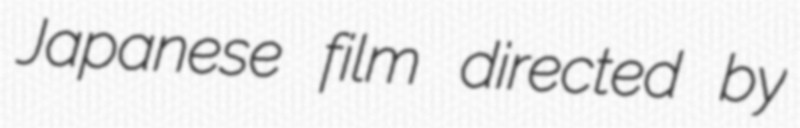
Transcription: Japanese film directed by